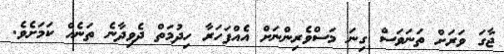
ޖާގަ ވަރަށް ތަނަވަސް ގިނަ މަސްވެރިންނަށް އެއްފަހަރާ ހިދުމަތް ދެވިދާނެ ތަނެއް ކަމަށެވެ.